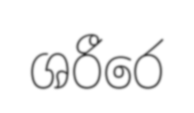
ශරීරෙ